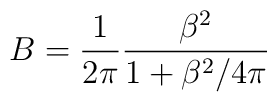
B=\frac{1}{2\pi} \frac{\beta^{2}}{1+\beta^{2}/4\pi}